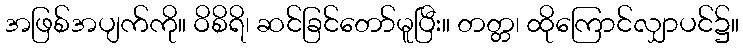
အဖြစ်အပျက်ကို။ ဝိစိရိ၊ ဆင်ခြင်တော်မူပြီး။ တတ္တ၊ ထိုကြောင်လျှာပင်၌။